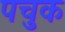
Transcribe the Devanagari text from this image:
पचुक